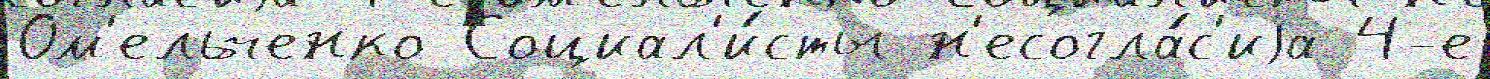
Ом'ельченко Социал'и́сты н'есогла́с'иjа 4-е